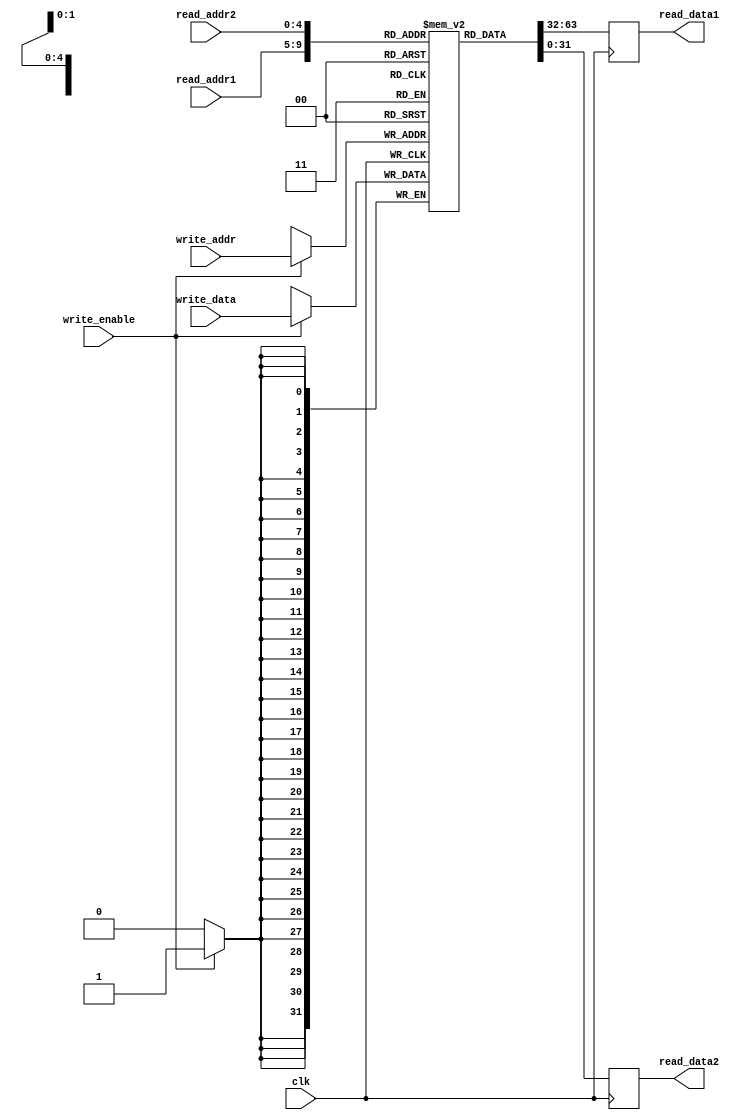
module RegisterFile(
    input wire clk,
    input wire [4:0] read_addr1,
    input wire [4:0] read_addr2,
    input wire [4:0] write_addr,
    input wire write_enable,
    input wire [31:0] write_data,
    output reg [31:0] read_data1,
    output reg [31:0] read_data2
);

reg [31:0] memory [31:0];

always @(posedge clk) begin
    if(write_enable) begin
        memory[write_addr] <= write_data;
    end
    
    read_data1 <= memory[read_addr1];
    read_data2 <= memory[read_addr2];
end

endmodule